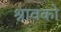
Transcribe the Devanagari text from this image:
श्रावको